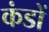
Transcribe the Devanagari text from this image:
कंडों